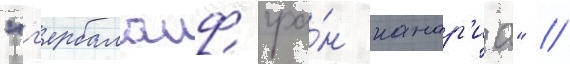
"г'ербалаиф гра́н канар'иа" //